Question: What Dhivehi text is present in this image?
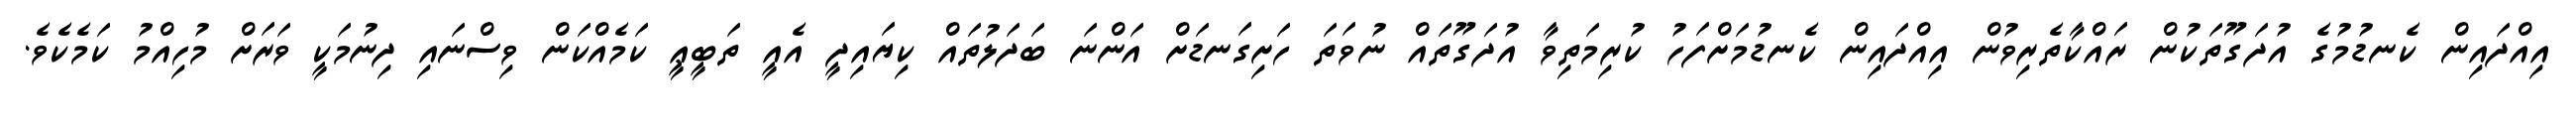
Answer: އިއްދައިން ކެނޑުމުގެ އުދަގޫތަކުން ރައްކާތެރިވުން އިއްދައިން ކެނޑުމަށްފަހު ކުރިމަތިވާ އުދަގޫތައް ނުވަތަ ހަށިގަނޑަށް އަންނަ ބަދަލުތައް ކިޔައިދީ އެއީ ތަބީޢީ ކަމެއްކަން ވިސްނައި ދިނުމަކީ ވަރަށް މުހިއްމު ކަމެކެވެ.